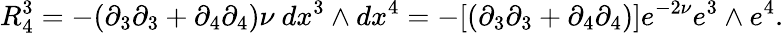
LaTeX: R_{4}^{3}=-(\partial_{3}\partial_{3}+\partial_{4}\partial_{4})\nu~dx^{3}\wedge dx^{4}=-[(\partial_{3}\partial_{3}+\partial_{4}\partial_{4})]e^{-2\nu}e^{3}\wedge e^{4}.